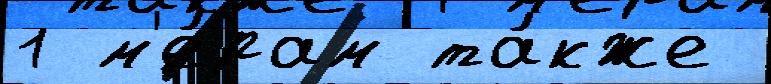
1 м'е́рам та́кже